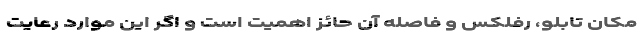
مکان تابلو، رفلکس و فاصله آن حائز اهمیت است و اگر این موارد رعایت